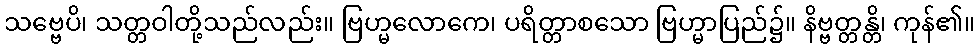
သဗ္ဗေပိ၊ သတ္တဝါတို့သည်လည်း။ ဗြဟ္မလောကေ၊ ပရိတ္တာစသော ဗြဟ္မာပြည်၌။ နိဗ္ဗတ္တန္တိ၊ ကုန်၏။